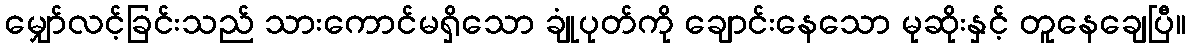
မျှော်လင့်ခြင်းသည် သားကောင်မရှိသော ချုံပုတ်ကို ချောင်းနေသော မုဆိုးနှင့် တူနေချေပြီ။